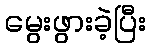
မွေးဖွားခဲ့ပြီး